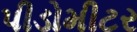
પીડોમીટર